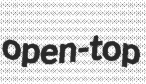
open-top